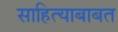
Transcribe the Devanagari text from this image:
साहित्याबाबत